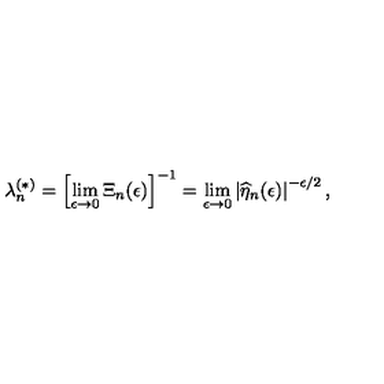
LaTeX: \lambda _ { n } ^ { ( \ast ) } = \left[ \lim _ { \epsilon \rightarrow 0 } \Xi _ { n } ( \epsilon ) \right] ^ { - 1 } = \lim _ { \epsilon \rightarrow 0 } \left| \widehat { \eta } _ { n } ( \epsilon ) \right| ^ { - \epsilon / 2 } ,